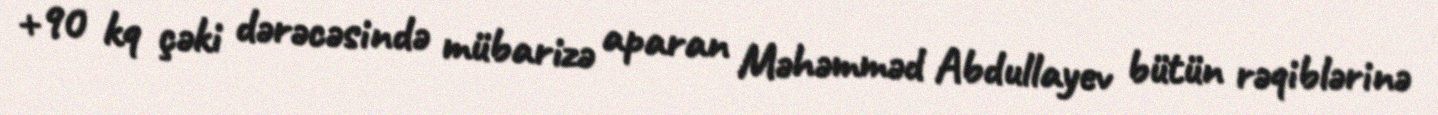
+90 kq çəki dərəcəsində mübarizə aparan Məhəmməd Abdullayev bütün rəqiblərinə